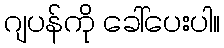
ဂျပန်ကို ခေါ်ပေးပါ။